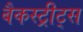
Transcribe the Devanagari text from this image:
बैकस्ट्रीट्स